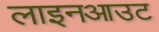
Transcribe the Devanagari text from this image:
लाइनआउट